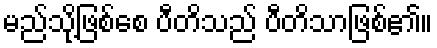
မည်သို့ဖြစ်စေ ပီတိသည် ပီတိသာဖြစ်၏။